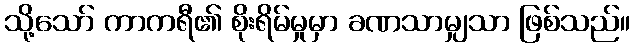
သို့သော် ကာကရီ၏ စိုးရိမ်မှုမှာ ခဏသာမျှသာ ဖြစ်သည်။